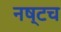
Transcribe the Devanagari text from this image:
नष्टच